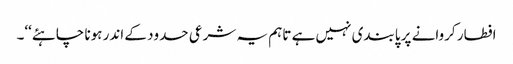
افطار کروانے پر پابندی نہیں ہے تاہم یہ شرعی حدود کے اندر ہونا چاہئے‘‘۔